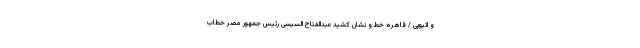
و اتیوپی / قاهره خط و نشان کشید عبدالفتاح السیسی رئیس جمهور مصر خطاب